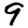
Digit: 9